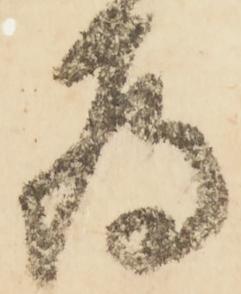
為